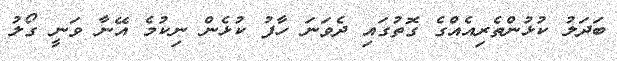
ބަދަލު ކުޅުންތެރިއެއްގެ ގޮތުގައި ދެވަނަ ހާފު ކުޅެން ނިކުމެ އޭނާ ވަނީ ގޯލު